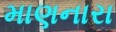
માણનારા